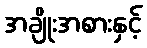
အချိုးအစားနှင့်